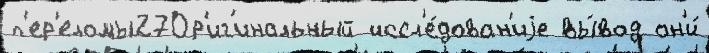
п'ер'еломы27Ор'иг'инальный иссл'е́дован'иjе вы́вод он'и́